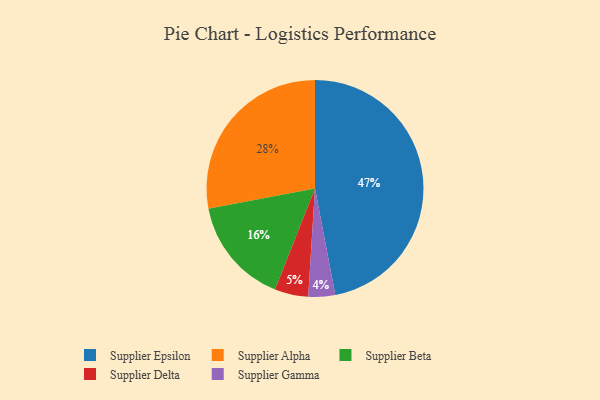
{"axis": {"x": "Category", "y": "Percentage"}, "legend": ["Supplier Alpha", "Supplier Beta", "Supplier Delta", "Supplier Epsilon", "Supplier Gamma"], "data": [{"x": "Supplier Delta", "y": 5, "type": "Supplier Delta"}, {"x": "Supplier Epsilon", "y": 47, "type": "Supplier Epsilon"}, {"x": "Supplier Beta", "y": 16, "type": "Supplier Beta"}, {"x": "Supplier Gamma", "y": 4, "type": "Supplier Gamma"}, {"x": "Supplier Alpha", "y": 28, "type": "Supplier Alpha"}]}